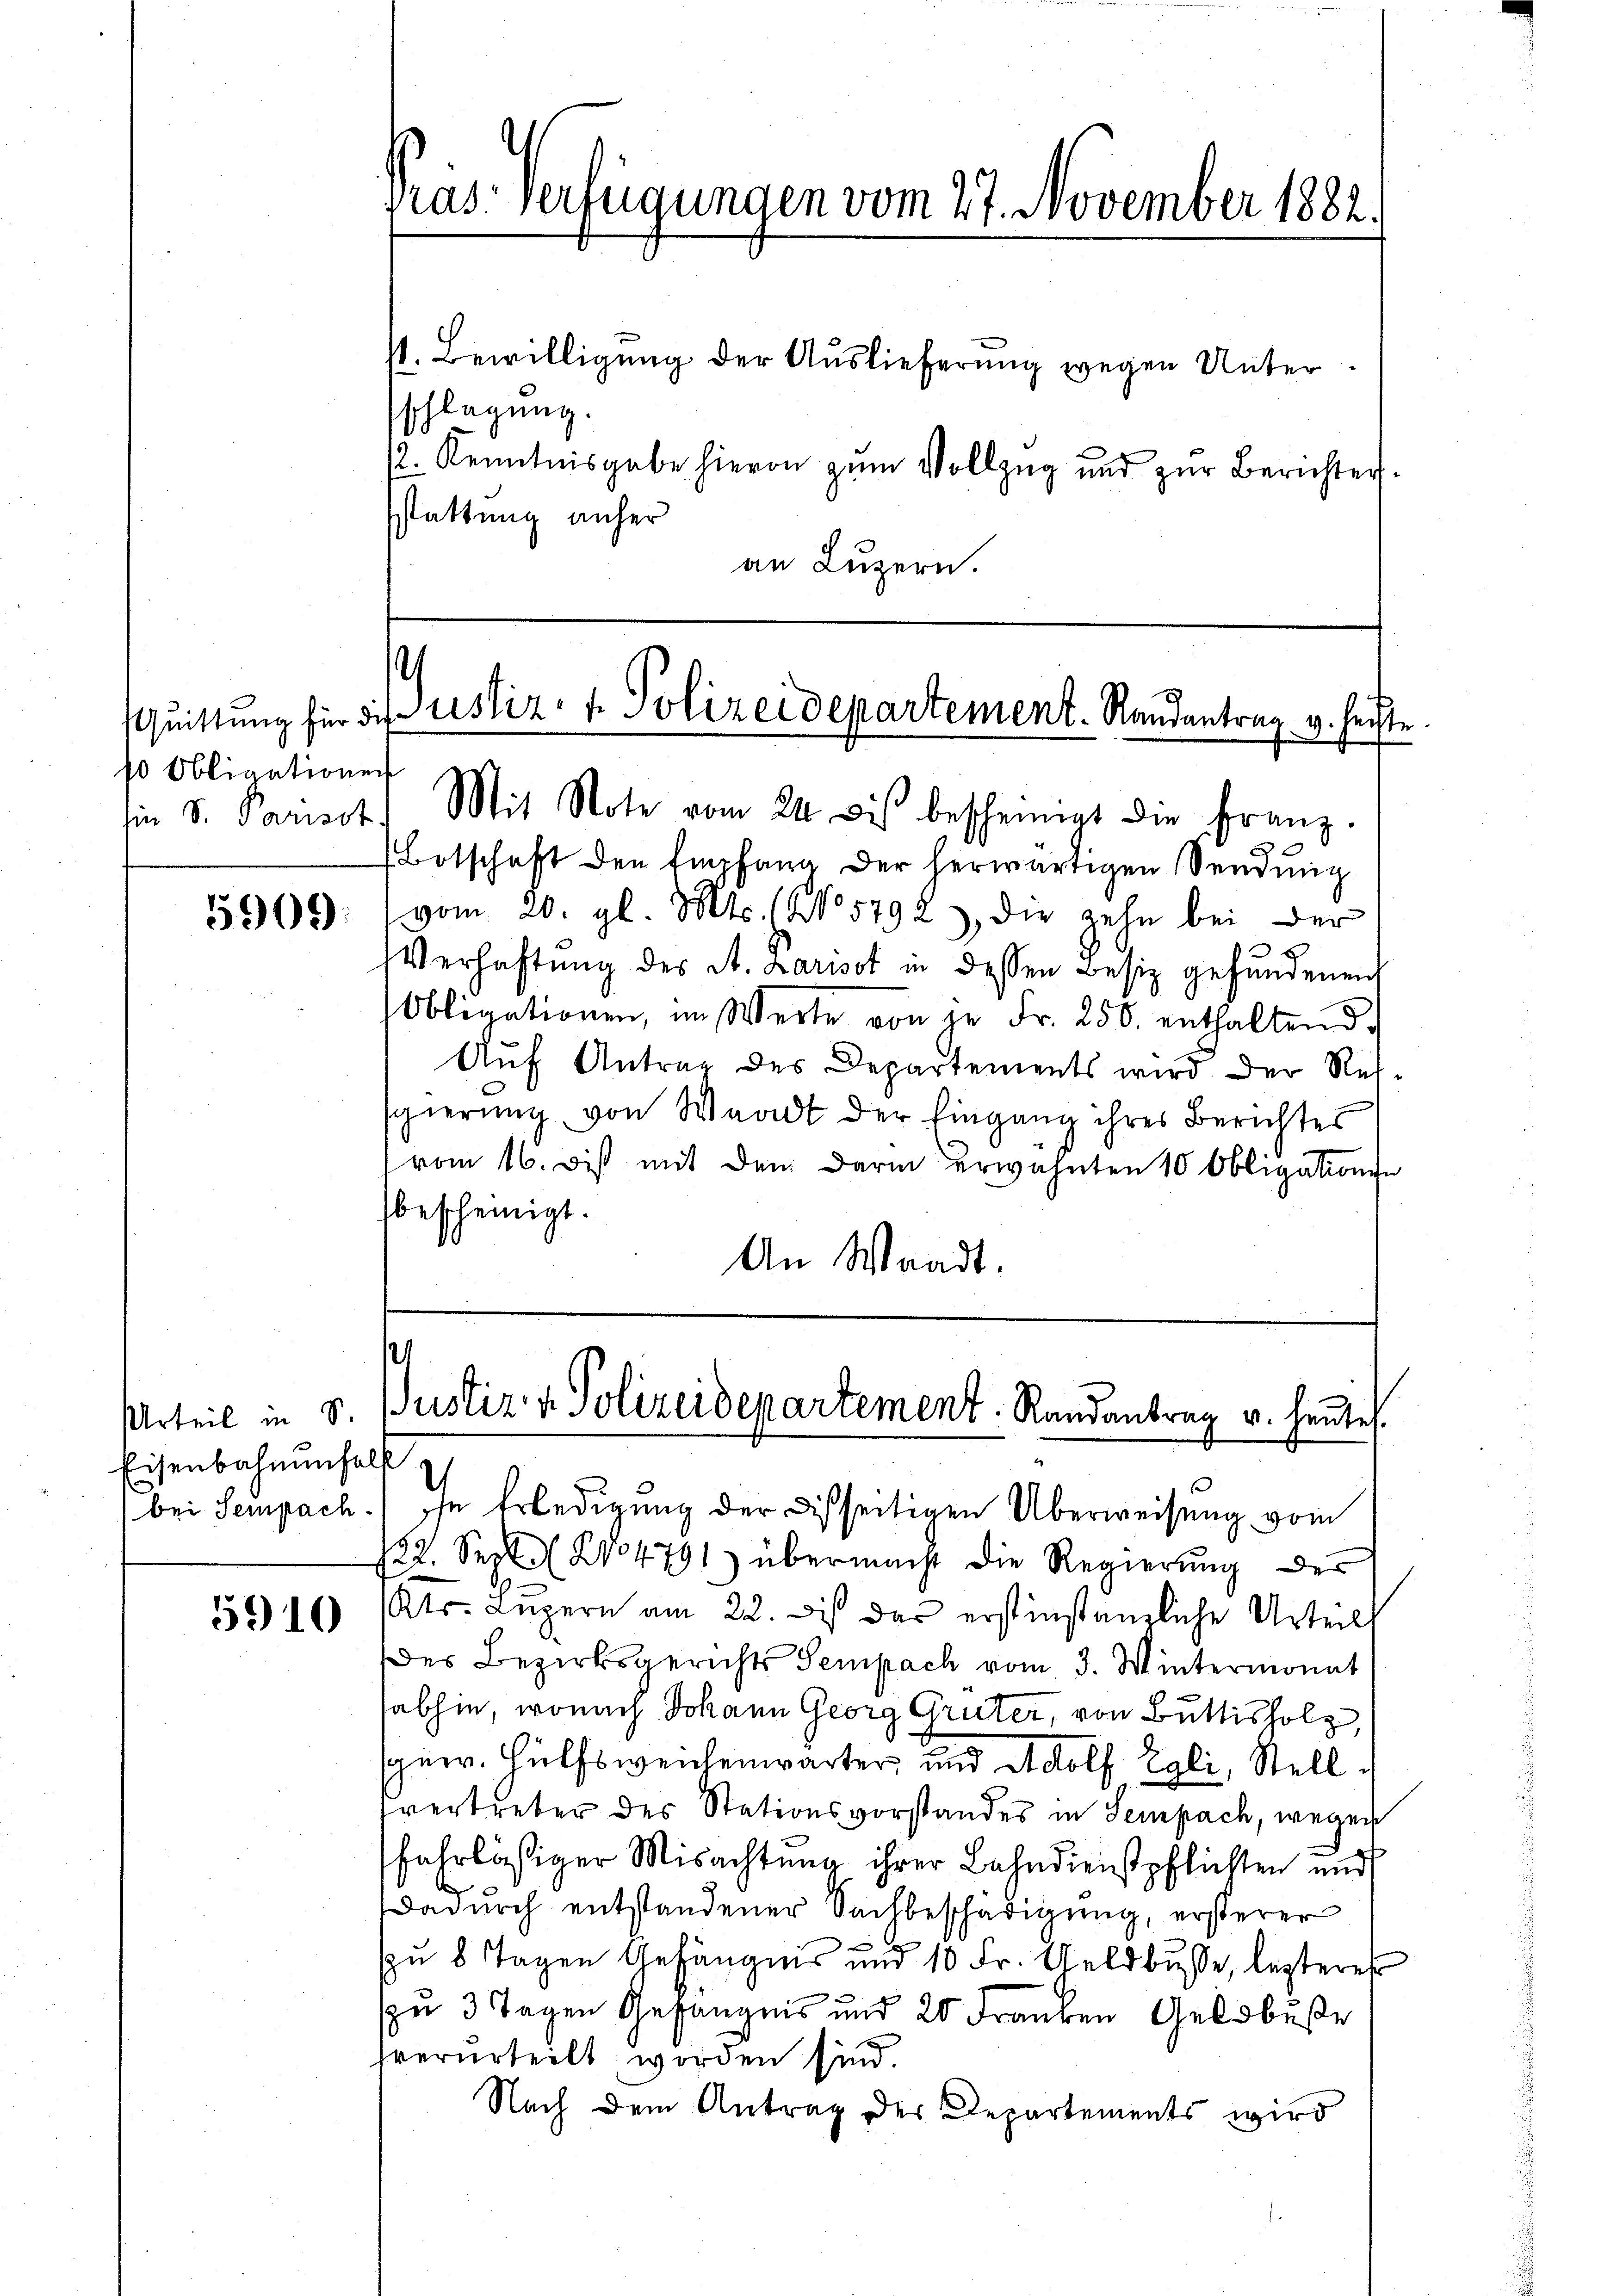
so Obligationen

5909.

Eisenbahnenfall

5910

pras: Verfügungen vom 27. November 1882.

sschlagung.
p. Kenntnisgabe hievon zum Vollzug und zur Berichten.
sstattung anher
an Luzern.

s. Bewilligung der Auslieferung wegen Unter¬

¬
Quittung für die erstiz- & Polizeidepartement. Randantrag v. heiste
hin S. Parisst. Mit Note vom 24. bis bescheinigt die Franz.

Botschaft den Empfang der herwärtigen Sendung
vom 20. gl. Mts. (No. 5792) die zehn bei der
Verhaftung des St. Larisst in dessen Besiz gefundenen
Obligationen, im Werte von je Fr. 250. enthaltend.
Auf Antrag des Departements wird der Resgierung von Waadt der Eingang ihres Berichtes
vom 16. dis mit den Darin erwähnten 10 Obligationen
bescheinigt.
An Waadt.

¬
Urteil in S. Pustiz v. Polizeidepartement. Randantrag u. heute.

bei Sempach.) In Erledigung der Disseitigen Überweisung vom
122. Sept. 214791) übermacht die Regierŭng des
Kts. Luzern am 22. des das erstinstanzliche Urteil
des Bezirksgerichts Sempach vom 3. Wintermonat
habhin, wonach Johann Georg Grüter, von Buttisholz,
gew. Hülfsweichenwarter, und Adolf Egli, Stellvertreter des Stationsvorstandes in Sempach, wegen
fahrlässiger Misachtung ihrer Bahndienstpflichten und
Dadurch entstandener Sachbeschädigung, ersterer
pu 8 Tagen Gefängnis und 10 Fr. Geldbusse, lezteres
zu 3 Tagen Gefängnis und 20 Franken Geldbuße
hverurteilt worden sind.
Nach dem Antrag des Departements wird